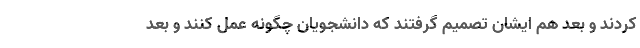
کردند و بعد هم ایشان تصمیم گرفتند که دانشجویان چگونه عمل کنند و بعد